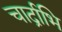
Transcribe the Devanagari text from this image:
चार्द्राभि